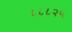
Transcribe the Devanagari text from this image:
८८८२५